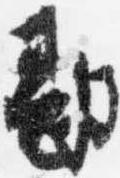
勘